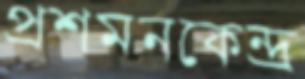
প্রশমনকেন্দ্র